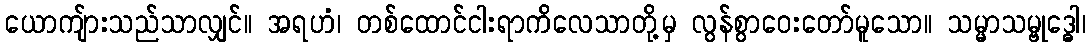
ယောကျ်ားသည်သာလျှင်။ အရဟံ၊ တစ်ထောင်ငါးရာကိလေသာတို့မှ လွန်စွာဝေးတော်မူသော။ သမ္မာသမ္ဗုဒ္ဓေါ၊